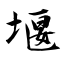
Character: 堰